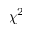
\chi ^ { 2 }